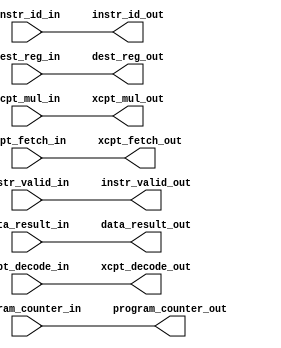
module mul_stage (
	instr_valid_in,
	instr_id_in,
	program_counter_in,
	dest_reg_in,
	data_result_in,
	xcpt_fetch_in,
	xcpt_decode_in,
	xcpt_mul_in,
	instr_valid_out,
	instr_id_out,
	program_counter_out,
	dest_reg_out,
	data_result_out,
	xcpt_fetch_out,
	xcpt_decode_out,
	xcpt_mul_out
);
	input wire instr_valid_in;
	input wire [2:0] instr_id_in;
	input wire [31:0] program_counter_in;
	input wire [4:0] dest_reg_in;
	input wire [31:0] data_result_in;
	input wire [65:0] xcpt_fetch_in;
	input wire [32:0] xcpt_decode_in;
	input wire [32:0] xcpt_mul_in;
	output reg instr_valid_out;
	output reg [2:0] instr_id_out;
	output reg [31:0] program_counter_out;
	output reg [4:0] dest_reg_out;
	output reg [31:0] data_result_out;
	output reg [65:0] xcpt_fetch_out;
	output reg [32:0] xcpt_decode_out;
	output reg [32:0] xcpt_mul_out;
	always @(*) begin
		instr_valid_out = instr_valid_in;
		instr_id_out = instr_id_in;
		program_counter_out = program_counter_in;
		dest_reg_out = dest_reg_in;
		data_result_out = data_result_in;
		xcpt_fetch_out = xcpt_fetch_in;
		xcpt_decode_out = xcpt_decode_in;
		xcpt_mul_out = xcpt_mul_in;
	end
endmodule